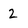
Character: 2